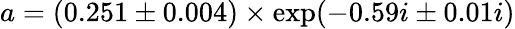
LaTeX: a=(0.251\pm 0.004)\times\mathrm{exp}(-0.59i\pm 0.01i)